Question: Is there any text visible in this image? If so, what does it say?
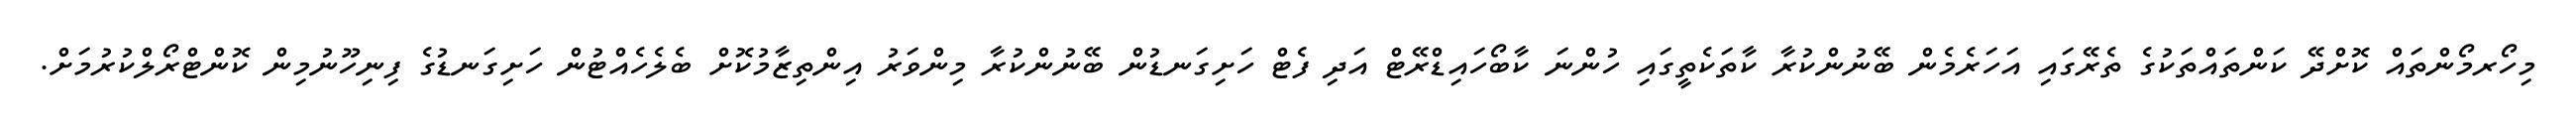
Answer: މިހޯރމޯންތައް ކޮށްދޭ ކަންތައްތަކުގެ ތެރޭގައި އަހަރެމެން ބޭނުންކުރާ ކާތަކެތީގައި ހުންނަ ކާބޯހައިޑްރޭޓް އަދި ފެޓް ހަށިގަނޑުން ބޭނުންކުރާ މިންވަރު އިންތިޒާމުކޮށް ބެލެހެއްޓުން ހަށިގަނޑުގެ ފިނިހޫނުމިން ކޮންޓްރޯލްކުރުމަށް.